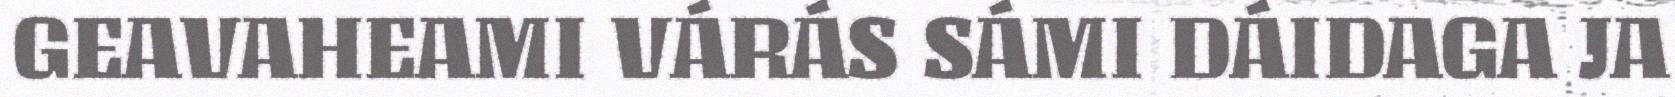
GEAVAHEAMI VÁRÁS SÁMI DÁIDAGA JA